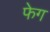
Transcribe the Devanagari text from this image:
फेग